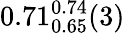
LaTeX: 0.71_{0.65}^{0.74}(3)